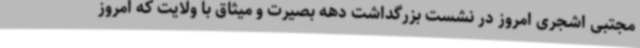
مجتبی اشجری امروز در نشست بزرگداشت دهه بصیرت و میثاق با ولایت که امروز